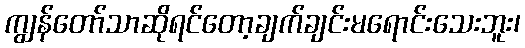
ကျွန်တော်သာဆိုရင်တော့ချက်ချင်းမရောင်းသေးဘူး၊